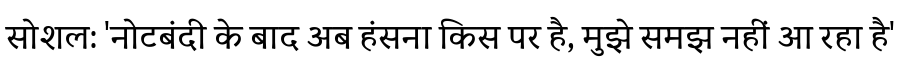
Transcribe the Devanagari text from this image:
सोशल: 'नोटबंदी के बाद अब हंसना किस पर है, मुझे समझ नहीं आ रहा है'